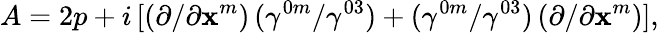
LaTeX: A=2p+i\, [(\partial/\partial\mathbf{x}^{m})\, (\gamma^{0m}/\gamma^{03})+(\gamma^{0m}/\gamma^{03})\, (\partial/\partial\mathbf{x}^{m})],